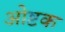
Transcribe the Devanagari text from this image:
ओष्टक